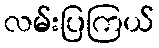
လမ်းပြကြယ်